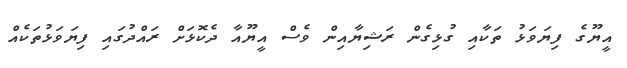
އީޔޫގެ ފިޔަވަޅު ތަކާއި ގުޅިގެން ރަޝިޔާއިން ވެސް އީޔޫއާ ދެކޮޅަށް ރައްދުގައި ފިޔަވަޅުތަކެއް